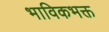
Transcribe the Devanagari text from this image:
भाविकभक्त